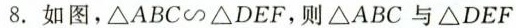
8.如图，ΔABC~△DEF，则ΔABC与ΔDEF